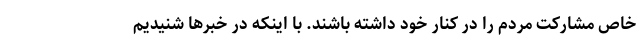
خاص مشارکت مردم را در کنار خود داشته باشند. با اینکه در خبرها شنیدیم